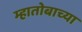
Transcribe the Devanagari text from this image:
म्हातोबाच्या